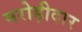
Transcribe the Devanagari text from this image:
मरोड़ीदार